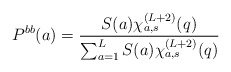
\begin{align*}P^{bb}(a) =\frac{S(a) \chi_{a,s}^{(L+2)} (q)}{\sum_{a=1}^L S(a) \chi_{a,s}^{(L+2)} (q)}\end{align*}